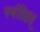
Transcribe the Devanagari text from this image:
पर्यतिष्ठत्